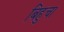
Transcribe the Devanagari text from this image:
बिहुचा